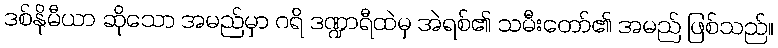
ဒစ်နိုမီယာ ဆိုသော အမည်မှာ ဂရိ ဒဏ္ဍာရီထဲမှ အဲရစ်၏ သမီးတော်၏ အမည် ဖြစ်သည်။